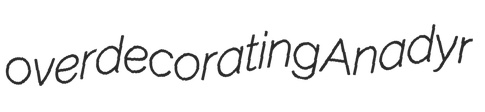
overdecorating Anadyr